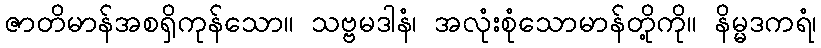
ဇာတိမာန်အစရှိကုန်သော။ သဗ္ဗမဒါနံ၊ အလုံးစုံသောမာန်တို့ကို။ နိမ္မဒကရံ၊